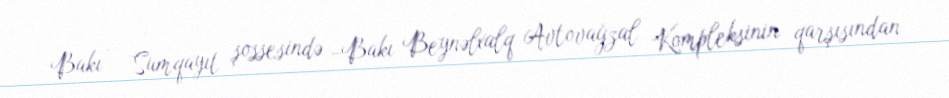
Bakı – Sumqayıt şossesində –Bakı Beynəlxalq Avtovağzal Kompleksinin qarşısından